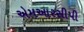
એમઆરસીપી